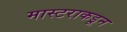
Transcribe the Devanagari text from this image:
मास्टराकडून